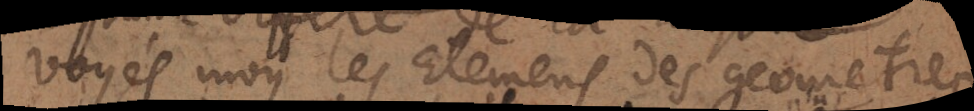
Voyés moy les Elémens des geometres.